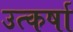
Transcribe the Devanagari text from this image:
उत्कर्षा